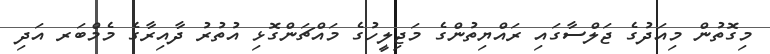
މިގޮތުން މިއަދުގެ ޖަލްސާގައި ރައްޔިތުންގެ މަޖިލީހުގެ މައްޗަންގޮޅި އުތުރު ދާއިރާގެ މެމްބަރ އަދި